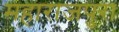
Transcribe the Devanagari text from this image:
महाराजपुरा